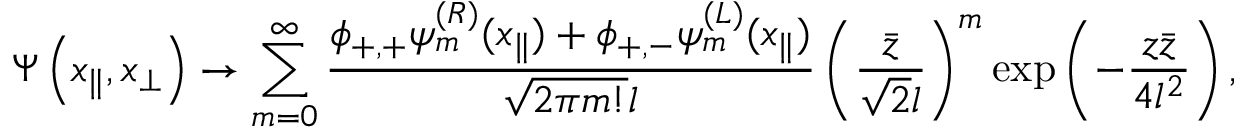
\Psi \left( x _ { \parallel } , x _ { \perp } \right) \to \sum _ { m = 0 } ^ { \infty } \frac { \phi _ { + , + } \psi _ { m } ^ { ( R ) } ( x _ { \parallel } ) + \phi _ { + , - } \psi _ { m } ^ { ( L ) } ( x _ { \parallel } ) } { \sqrt { 2 \pi m ! } l } \left( \frac { \bar { z } } { \sqrt { 2 } l } \right) ^ { m } \exp \left( - \frac { z \bar { z } } { 4 l ^ { 2 } } \right) ,